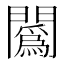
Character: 䦱